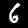
Digit: 6